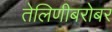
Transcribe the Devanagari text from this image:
तेलिणीबरोबर